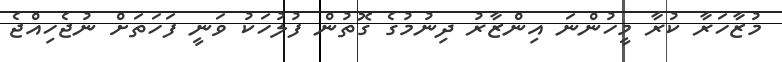
މުޒާހަރާ ކުރާ މީހުންނަ އިންޒާރު ދިނުމުގެ ގޮތުން ފުލުހަކު ވަނީ ފަހަތަށް ނުޖެހިއްޖެ